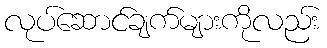
လုပ်ဆောင်ချက်များကိုလည်း